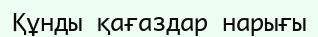
Құнды қағаздар нарығы